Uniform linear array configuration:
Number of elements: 24
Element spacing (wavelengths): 0.75
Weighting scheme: cosine
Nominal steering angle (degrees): -45
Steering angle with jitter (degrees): -44.679
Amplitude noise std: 0.05
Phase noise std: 0.05

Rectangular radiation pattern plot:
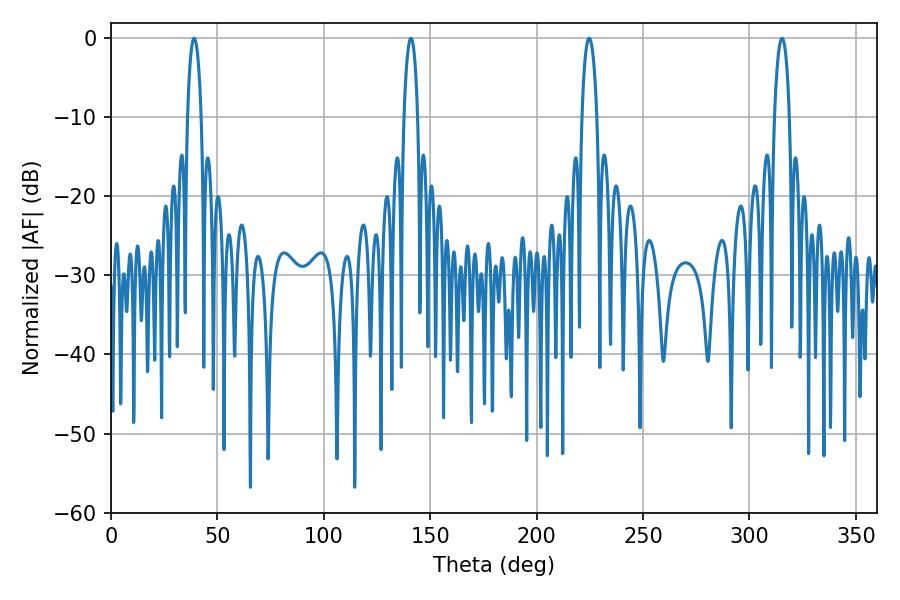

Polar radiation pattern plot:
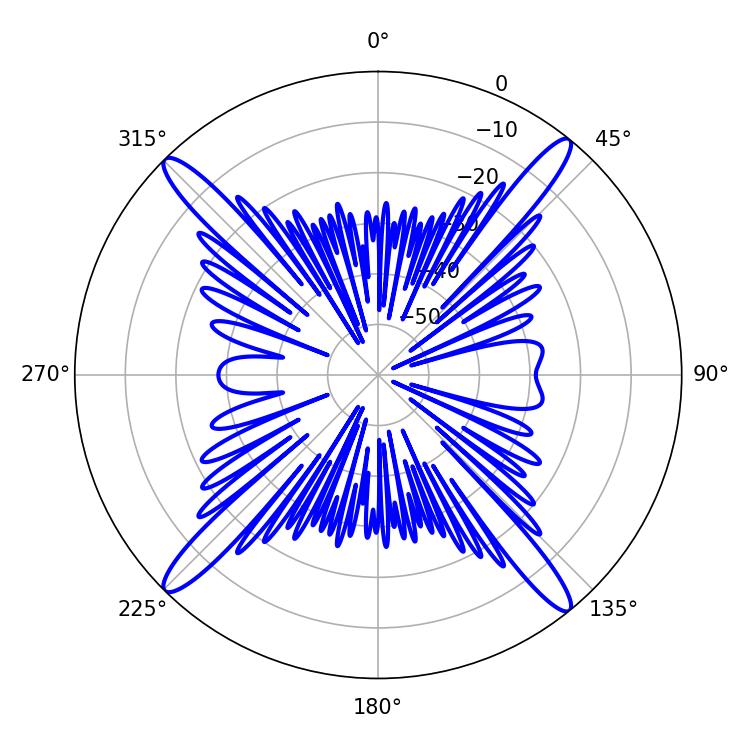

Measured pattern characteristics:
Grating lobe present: TRUE
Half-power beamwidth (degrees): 3.6
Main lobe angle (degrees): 39.06